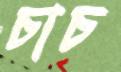
চাচ